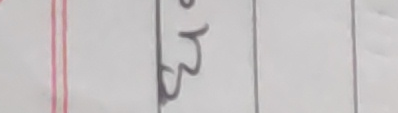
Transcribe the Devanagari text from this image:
छ।